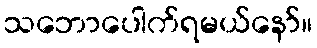
သဘောပေါက်ရမယ်နော်။